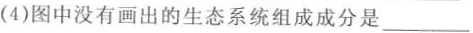
(4)图中没有画出的生态系统组成成分是___